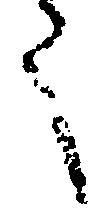
く